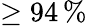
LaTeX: \geq 94\, \%